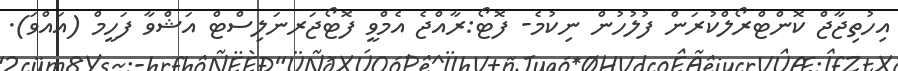
އިހުތިޖާޖް ކޮންޓްރޯލްކުރަން ފުލުހުން ނިކުމެ- ފޮޓޯ:ރާއްޖެ އެމްވީ ފޮޓޯޖަރނަލިސްޓް އަޝްވާ ފަހީމް (އައްވަ).